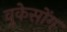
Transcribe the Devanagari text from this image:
वुकेसोंग